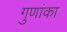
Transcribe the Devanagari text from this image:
गुणांका